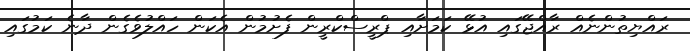
ރައްޔިތުންނެއް ރާއްޖޭގައި އުޅޭ ކަމަށާއި ޕްރީސްކްރީން ފެށުމުން އެކަން ހައްލުވެގެން ދާނެ ކަމުގައި